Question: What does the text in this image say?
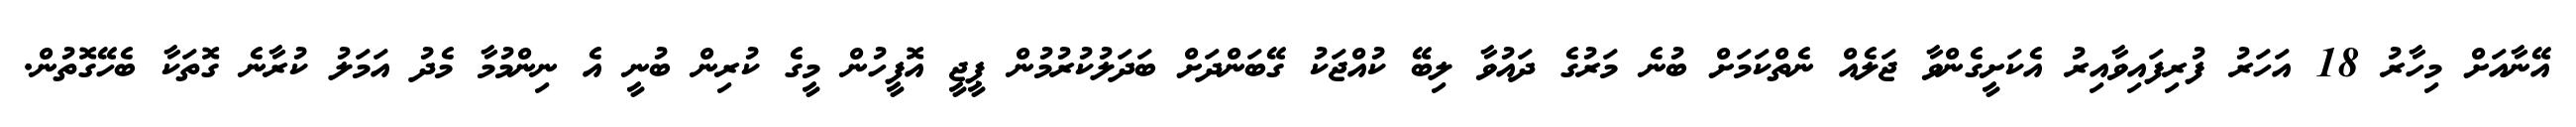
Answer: އޭނާއަށް މިހާރު 18 އަހަރު ފުރިފައިވާއިރު އެކަށީގެންވާ ޖަލެއް ނެތްކަމަށް ބުނެ މަރުގެ ދައުވާ ލިބޭ ކުއްޖަކު ގޭބަންދަށް ބަދަލުކުރުމުން ޕީޖީ އޮފީހުން މީގެ ކުރިން ބުނީ އެ ނިންމުމާ މެދު އަމަލު ކުރާނެ ގޮތަކާ ބެހޭގޮތުން.